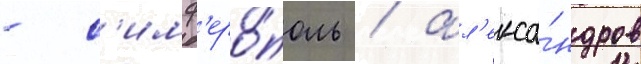
- с'имф'еро́поль / ал'екса́ндров